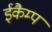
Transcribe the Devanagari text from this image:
ईकैम्प